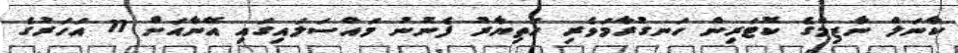
ކާނަލް ނާޒިމްގެ ކޮޓަރިން ހަނގުރާމަވެރި ހަތިޔާރު ފެނުނު މައްސަލައިގައި އޭނާއަށް 11 އަހަރުގެ